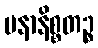
မနာနိစ္စတဉ္စ